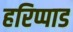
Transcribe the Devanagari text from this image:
हरिप्पाड